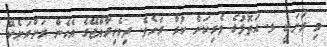
މި ރަށަކީ ޅ. އަތޮޅުގެ ވެރިކަން ކުރާ ރަށެވެ. ދިވެހިރާއްޖޭގެ އެހެން ރަށްރަށެކޭ